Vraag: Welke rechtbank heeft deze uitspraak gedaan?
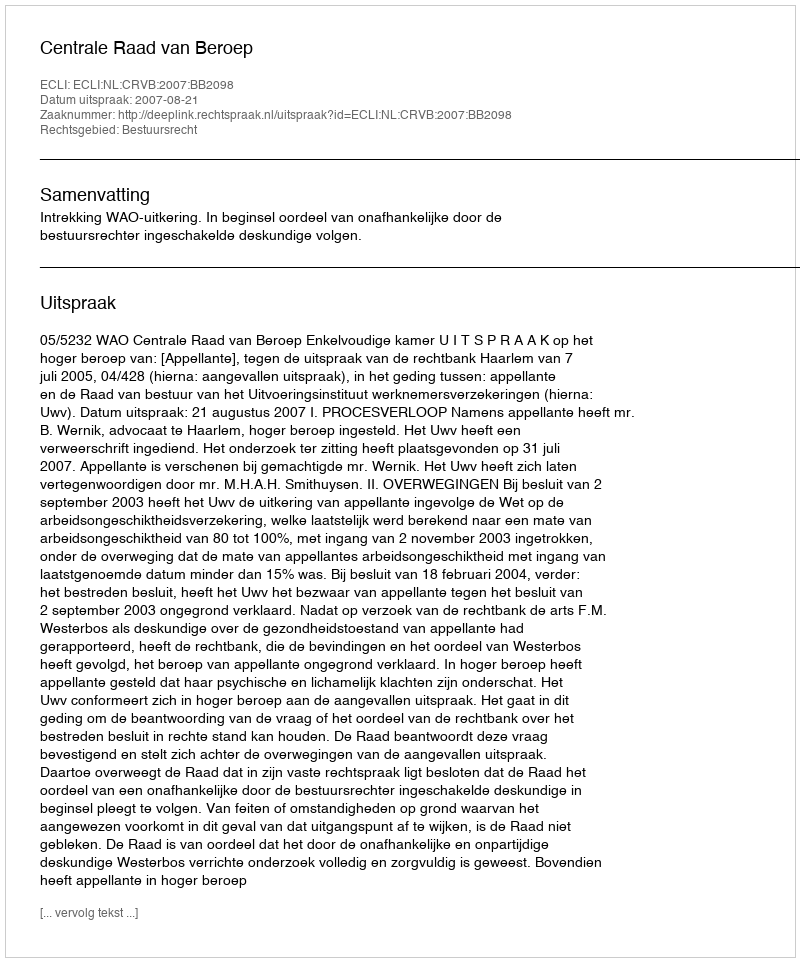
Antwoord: Centrale Raad van Beroep